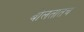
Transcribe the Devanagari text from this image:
बोलतातच